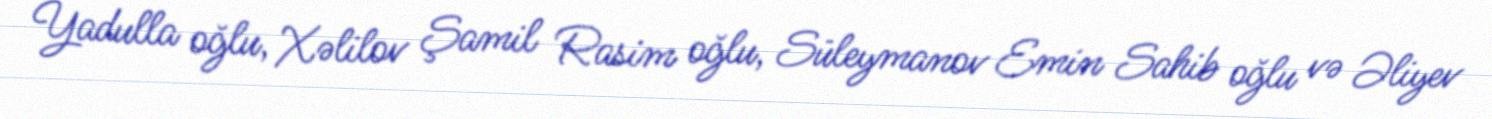
Yadulla oğlu, Xəlilov Şamil Rasim oğlu, Süleymanov Emin Sahib oğlu və Əliyev